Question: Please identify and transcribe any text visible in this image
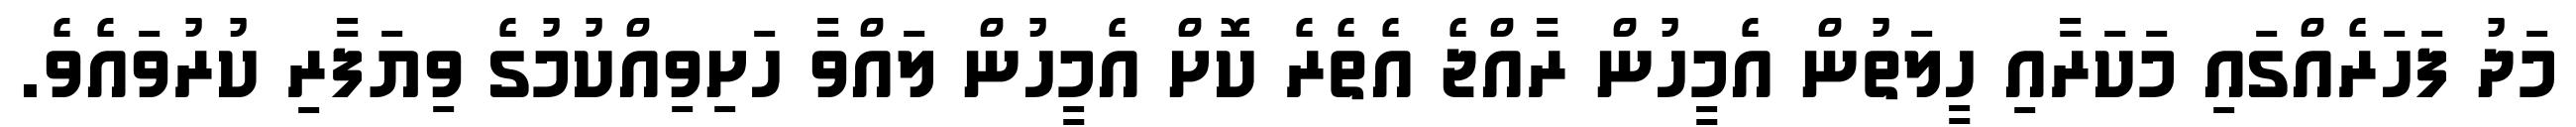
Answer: މަދު ފަހަރެއްގައި މަކަރާއި ހީލަތުން އެމީހުން ރާއްޖެ އެތެރެ ކޮށް އެމީހުން ލައްވާ ހަށިވިއްކުމުގެ ވިޔަފާރި ކުރުވައެވެ.